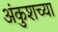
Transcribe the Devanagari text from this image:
अंकुशच्या